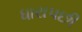
ધારાપછી